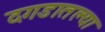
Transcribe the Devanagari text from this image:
दगडातल्या